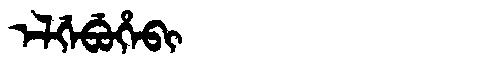
Manchu: ᡝᠯᡤᡝᠪᡠᡥᡝᠪᡳ
Romanization: ELGEBUHEBI